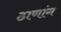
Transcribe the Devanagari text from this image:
ठाणांग